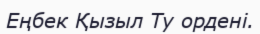
Еңбек Қызыл Ту ордені.